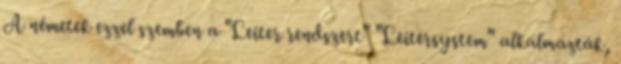
A németek ezzel szemben a "Leiter rendszert" "Leitersystem" alkalmazták,